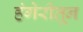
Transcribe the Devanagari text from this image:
हंगेरीतून